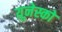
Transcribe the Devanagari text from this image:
य़ूनेस्को